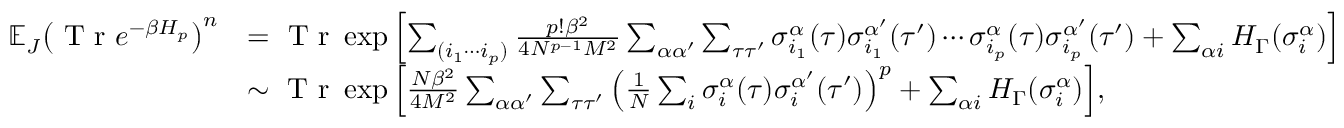
\begin{array} { r l } { \mathbb { E } _ { J } \big ( \textrm { T r } e ^ { - \beta H _ { p } } \big ) ^ { n } } & { = \textrm { T r } \exp { \left[ \sum _ { ( i _ { 1 } \cdots i _ { p } ) } \frac { p ! \beta ^ { 2 } } { 4 N ^ { p - 1 } M ^ { 2 } } \sum _ { \alpha \alpha ^ { \prime } } \sum _ { \tau \tau ^ { \prime } } \sigma _ { i _ { 1 } } ^ { \alpha } ( \tau ) \sigma _ { i _ { 1 } } ^ { \alpha ^ { \prime } } ( \tau ^ { \prime } ) \cdots \sigma _ { i _ { p } } ^ { \alpha } ( \tau ) \sigma _ { i _ { p } } ^ { \alpha ^ { \prime } } ( \tau ^ { \prime } ) + \sum _ { \alpha i } H _ { \Gamma } ( \sigma _ { i } ^ { \alpha } ) \right] } } \\ & { \sim \textrm { T r } \exp { \left[ \frac { N \beta ^ { 2 } } { 4 M ^ { 2 } } \sum _ { \alpha \alpha ^ { \prime } } \sum _ { \tau \tau ^ { \prime } } \left( \frac { 1 } { N } \sum _ { i } \sigma _ { i } ^ { \alpha } ( \tau ) \sigma _ { i } ^ { \alpha ^ { \prime } } ( \tau ^ { \prime } ) \right) ^ { p } + \sum _ { \alpha i } H _ { \Gamma } ( \sigma _ { i } ^ { \alpha } ) \right] } , } \end{array}